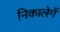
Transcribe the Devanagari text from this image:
निकालेगें